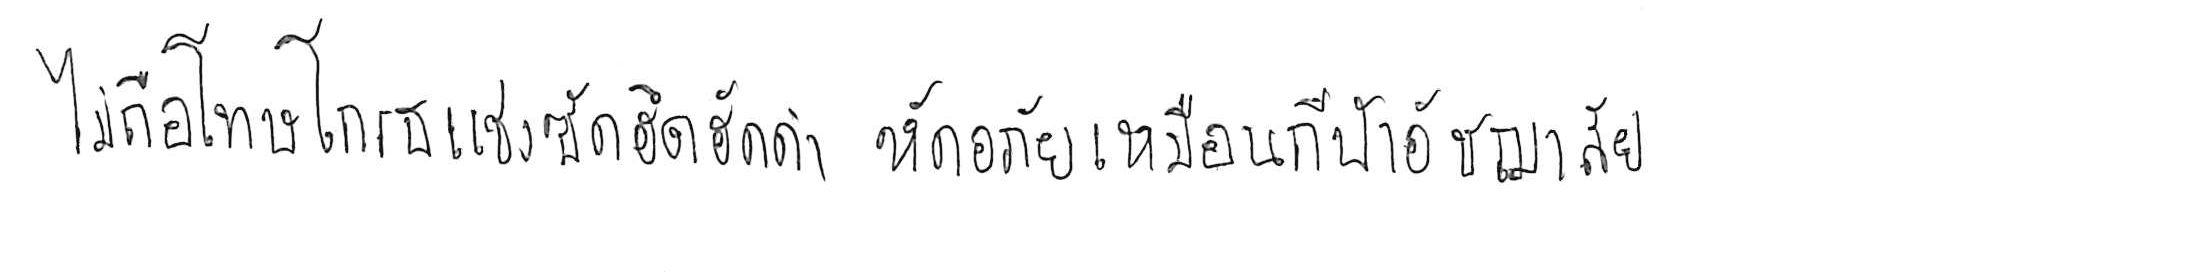
ไม่ถือโทษโกรธแช่งซัดฮึดฮัดด่า หัดอภัยเหมือนกีฬาอัชฌาสัย